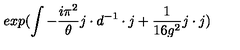
e x p ( \int - { \frac { i \pi ^ { 2 } } { \theta } } j \cdot d ^ { - 1 } \cdot j { } + { \frac { 1 } { 1 6 g ^ { 2 } } } j \cdot j )